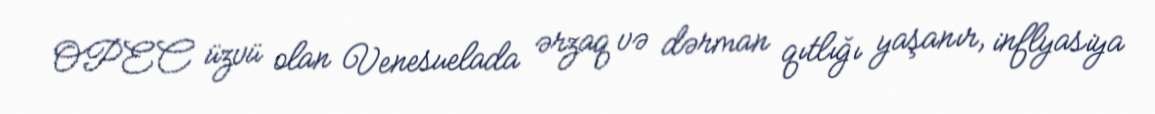
OPEC üzvü olan Venesuelada ərzaq və dərman qıtlığı yaşanır, inflyasiya